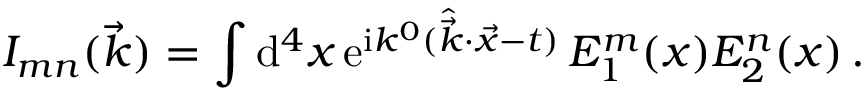
{ \cal I } _ { m n } ( \vec { k } ) = \int \mathrm { d } ^ { 4 } x \, \mathrm { e } ^ { \mathrm { i } k ^ { 0 } ( \hat { \vec { k } } \cdot \vec { x } - t ) } \, { \cal E } _ { 1 } ^ { m } ( x ) { \cal E } _ { 2 } ^ { n } ( x ) \, .